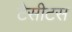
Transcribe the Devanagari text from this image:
टेसीटस